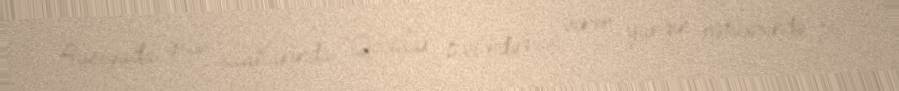
Rusiyada gecə saatlarında “Qocalar Evi”ndə baş verən yanğın nəticəsində 15